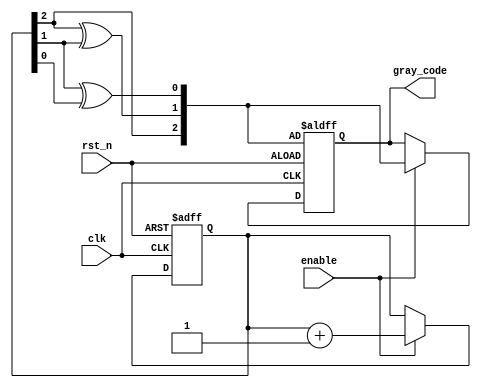
module gray_code_counter (
    input wire clk,        // Clock input
    input wire rst_n,     // Asynchronous reset (active low)
    input wire enable,     // Enable signal
    output reg [2:0] gray_code // 3-bit Gray code output (for 8 states)
);

// Internal variable to hold the binary count
reg [2:0] binary_count;

// Gray code conversion
function [2:0] binary_to_gray;
    input [2:0] binary;
    begin
        binary_to_gray[2] = binary[2]; // MSB remains the same
        binary_to_gray[1] = binary[2] ^ binary[1]; // G2 = B2 XOR B1
        binary_to_gray[0] = binary[1] ^ binary[0]; // G1 = B1 XOR B0
    end
endfunction

// Sequential logic for counting
always @(posedge clk or negedge rst_n) begin
    if (!rst_n) begin
        // Asynchronous reset
        binary_count <= 3'b000; // Initialize to 0
        gray_code <= binary_to_gray(binary_count); // Initialize Gray code
    end else if (enable) begin
        // Increment binary count
        binary_count <= binary_count + 1;
        gray_code <= binary_to_gray(binary_count); // Update Gray code
    end
end

endmodule